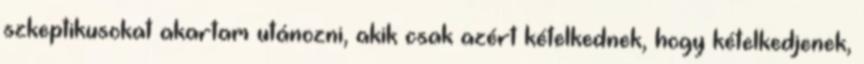
szkeptikusokat akartam utánozni, akik csak azért kételkednek, hogy kételkedjenek,